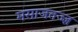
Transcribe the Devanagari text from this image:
मसाजतज्ज्ञ